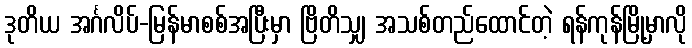
ဒုတိယ အင်္ဂလိပ်-မြန်မာစစ်အပြီးမှာ ဗြိတိသျှ အသစ်တည်ထောင်တဲ့ ရန်ကုန်မြို့မှာလို